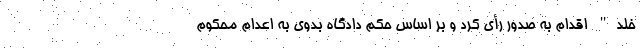
خلد" اقدام به صدور رأی کرد و بر اساس حکم دادگاه بدوی به اعدام محکوم